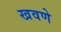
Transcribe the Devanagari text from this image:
खवणे